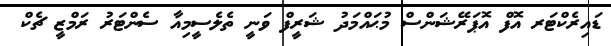
ޑައިރެކްޓަރ އޮފް އޮޕަރޭޝަންސް މުޙައްމަދު ޝަރީފް ވަނީ ތެލެސީމިއާ ސެންޓަރު ރަމްޒީ ޗެކް